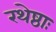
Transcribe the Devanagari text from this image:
रथेष्ठाः